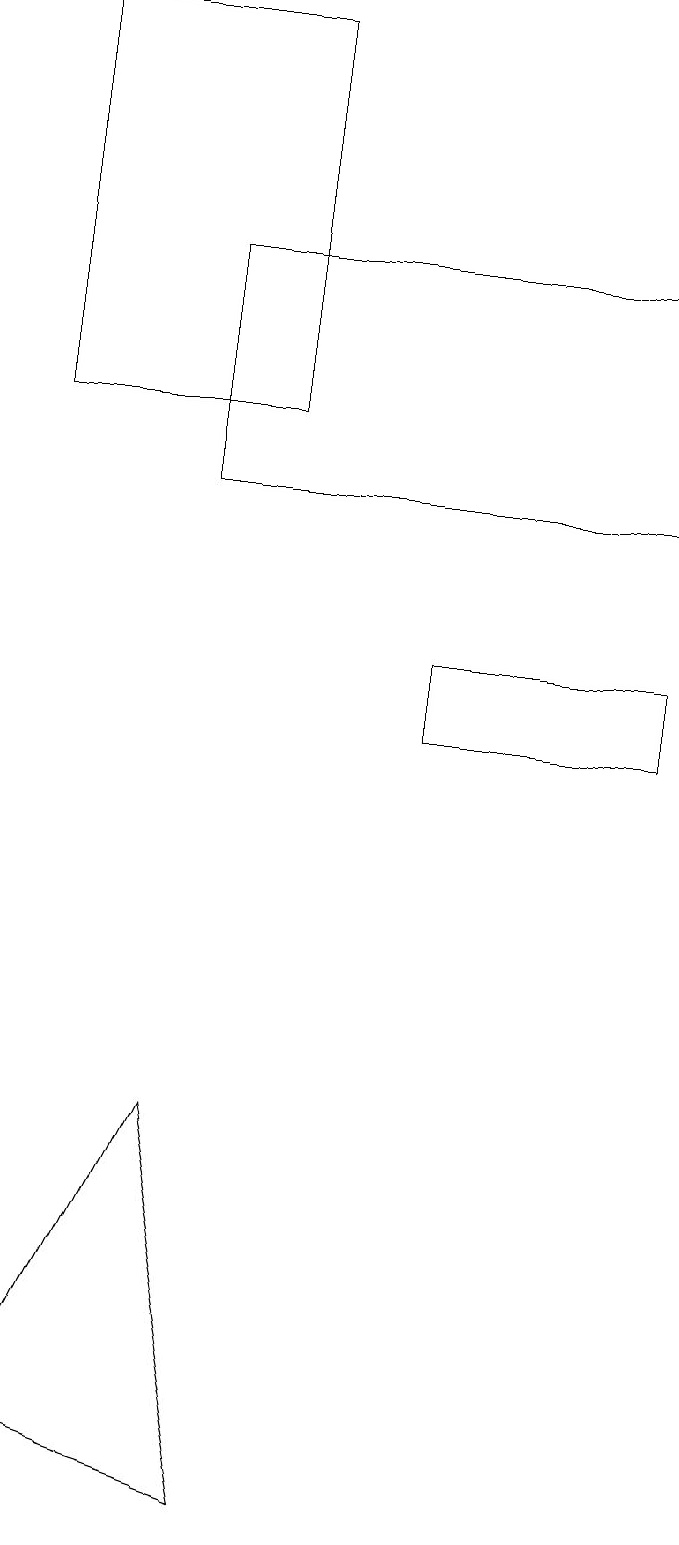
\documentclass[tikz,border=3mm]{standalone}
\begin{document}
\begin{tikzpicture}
\draw (3,0) -- (0,1) -- (2,5) -- cycle;
\draw (3,19) rectangle (0,14);
\draw (8,16) rectangle (2,13);
\draw (5,10) rectangle (8,11);
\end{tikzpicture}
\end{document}